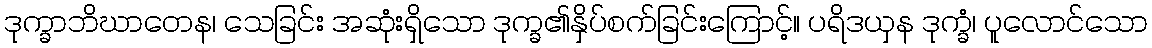
ဒုက္ခာဘိဃာတေန၊ သေခြင်း အဆုံးရှိသော ဒုက္ခ၏နှိပ်စက်ခြင်းကြောင့်။ ပရိဒယှန ဒုက္ခံ၊ ပူလောင်သော